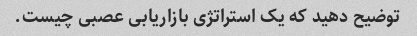
توضیح دهید که یک استراتژی بازاریابی عصبی چیست.